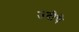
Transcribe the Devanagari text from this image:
उदीचे